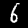
Digit: 6